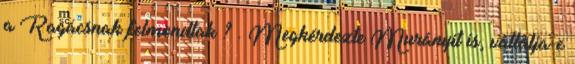
a Ragácsnak felmondtak ? . Megkérdezte Murányit is, vállalja-e